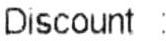
DISCOUNT :